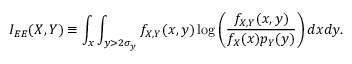
I _ { E E } ( X , Y ) \equiv \int _ { x } \int _ { y > 2 \sigma _ { y } } f _ { X , Y } ( x , y ) \log \left( \frac { f _ { X , Y } ( x , y ) } { f _ { X } ( x ) p _ { Y } ( y ) } \right) d x d y .